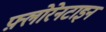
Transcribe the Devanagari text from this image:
फ़्लोरेनटाइन